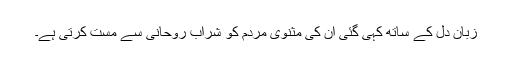
زبانِ دل کے ساتھ کہی گئی اُن کی مثنوی مردُم کو شرابِ روحانی سے مست کرتی ہے۔